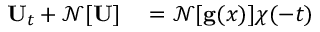
\begin{array} { r l } { { \bf U } _ { t } + \mathcal { N } [ { \bf U } ] } & { { } = \mathcal { N } [ { \bf g } ( { x } ) ] \chi ( - t ) } \end{array}